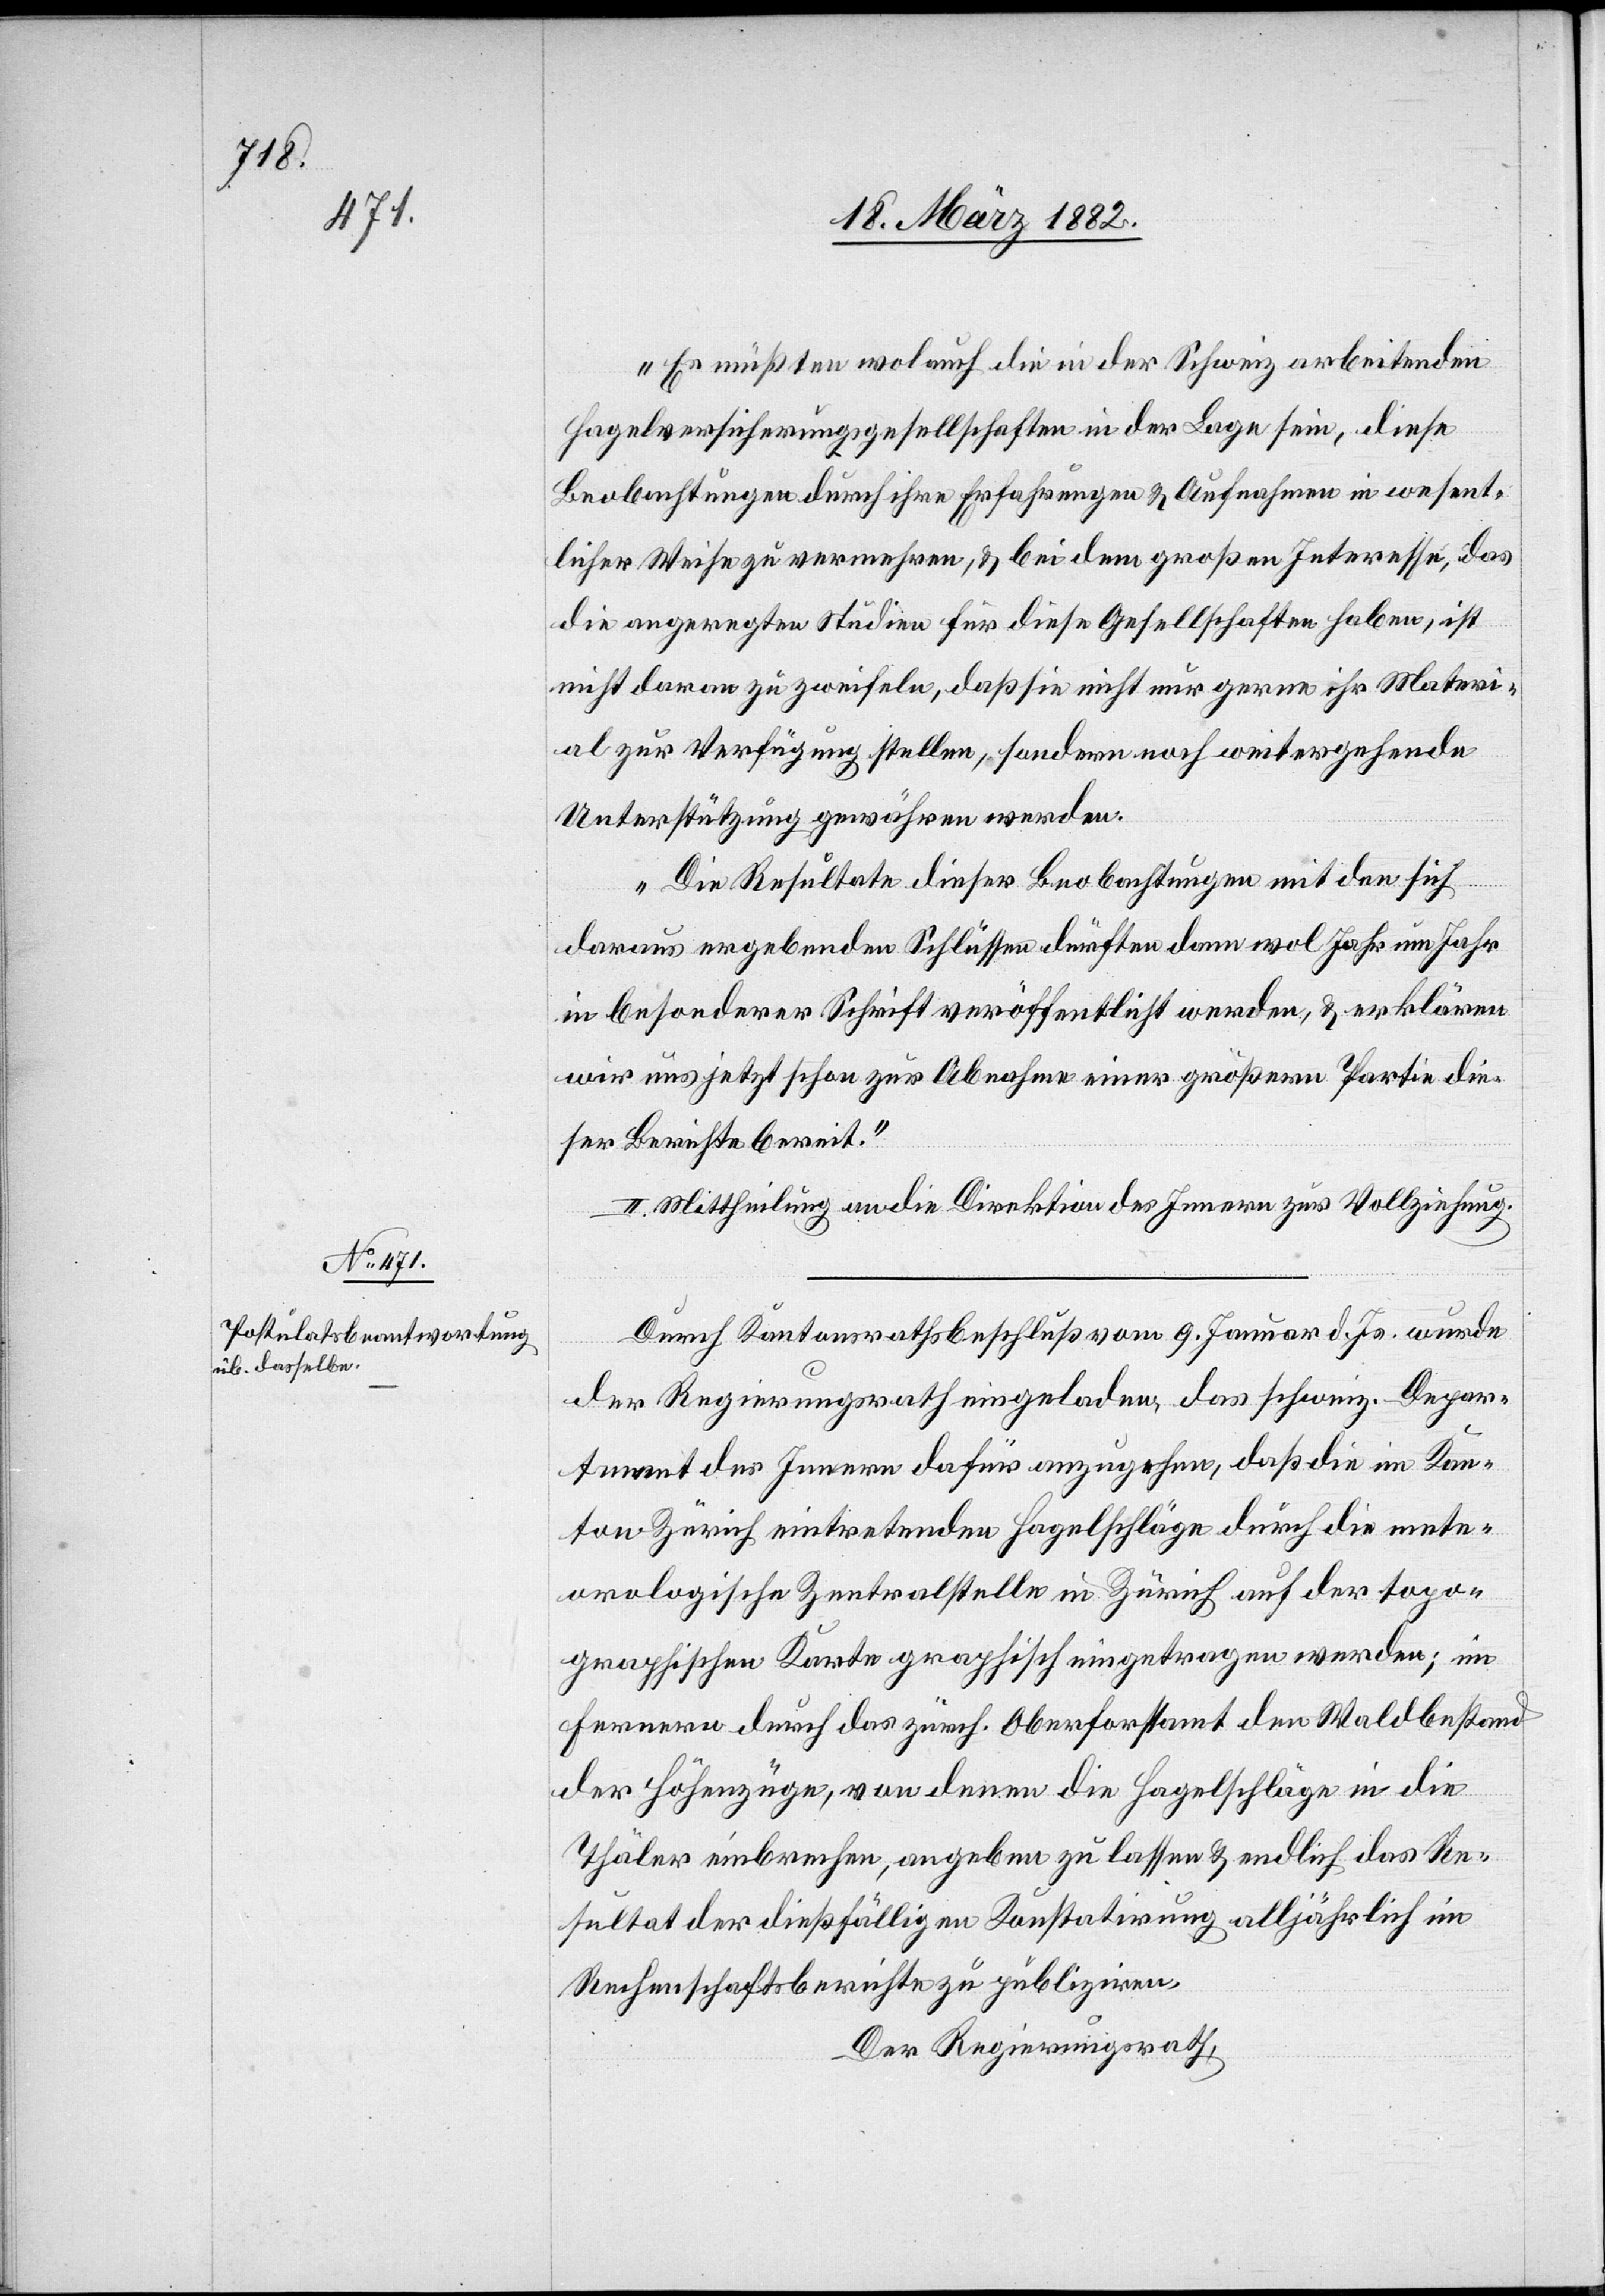
Es müßten wol auch die in der Schweiz arbeitenden
Hagelversicherungsgesellschaften in der Lage sein, diese
Beobachtungen durch ihre Erfahrungen & Aufnahmen in wesent¬
licher Weise zu vermehren, & bei dem großen Interesse, das
die angeregten Studien für diese Gesellschaften haben, ist
nicht daran zu zweifeln, daß sie nicht nur gerne ihr Materi¬
al zur Verfügung stellen, sondern noch weitergehende
Unterstützung gewähren werden.
Die Resultate dieser Beobachtungen mit den sich
daraus ergebenden Schlüsse dürften dann wol Jahr um Jahr
in besonderer Schrift veröffentlicht werden, & erklären
wir uns jetzt schon zur Abnahme einer größeren Partie die¬
ser Berichte bereit.“
II. Mittheilung an die Direktion des Innern zur Vollziehung.
Durch Kantonrathsbeschluß vom 9. Januar d. Js. wurde
der Regierungsrath eingeladen, das schweiz. Depar¬
tement des Innern dafür anzugehen, daß die im Kan¬
ton Zürich eintretenden Hagelschläge durch die mete¬
orologische Zentralstelle in Zürich auf der topo¬
graphischen Karte graphisch eingetragen werden; im
ferneren durch das zürch. Oberforstamt des Waldbestands
der Höhenzüge, von denen die Hagelschläge in die
Thäler einbrechen, angeben zu lassen & endlich das Re¬
sultat der dießfälligen Konstatierung alljährlich im
Rechenschaftsbericht zu publiziren.
Der Regierungsrath,